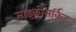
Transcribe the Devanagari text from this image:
माइक्रोसर्किट